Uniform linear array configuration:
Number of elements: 32
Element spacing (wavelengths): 0.25
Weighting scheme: blackman
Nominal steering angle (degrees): -60
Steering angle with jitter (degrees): -59.609
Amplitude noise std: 0.05
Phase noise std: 0.05

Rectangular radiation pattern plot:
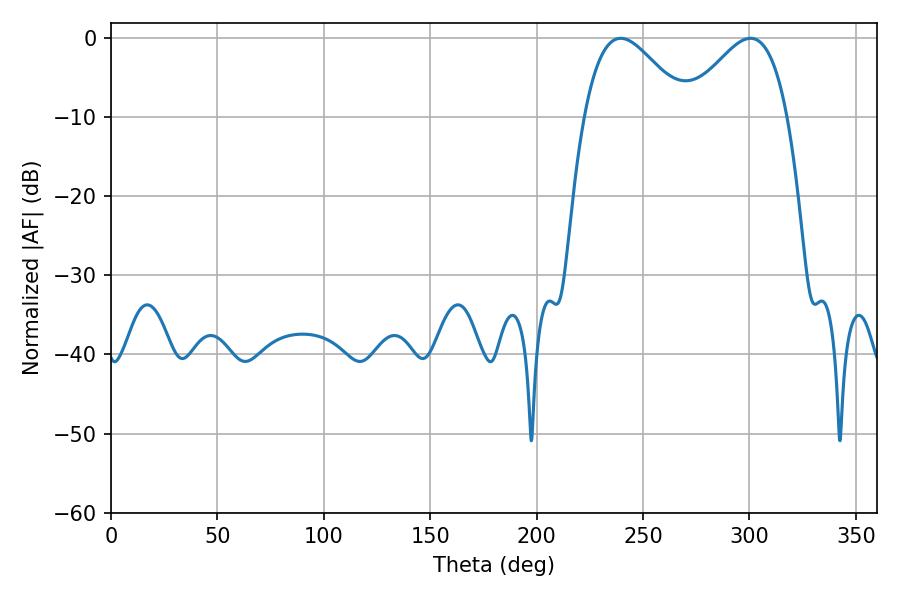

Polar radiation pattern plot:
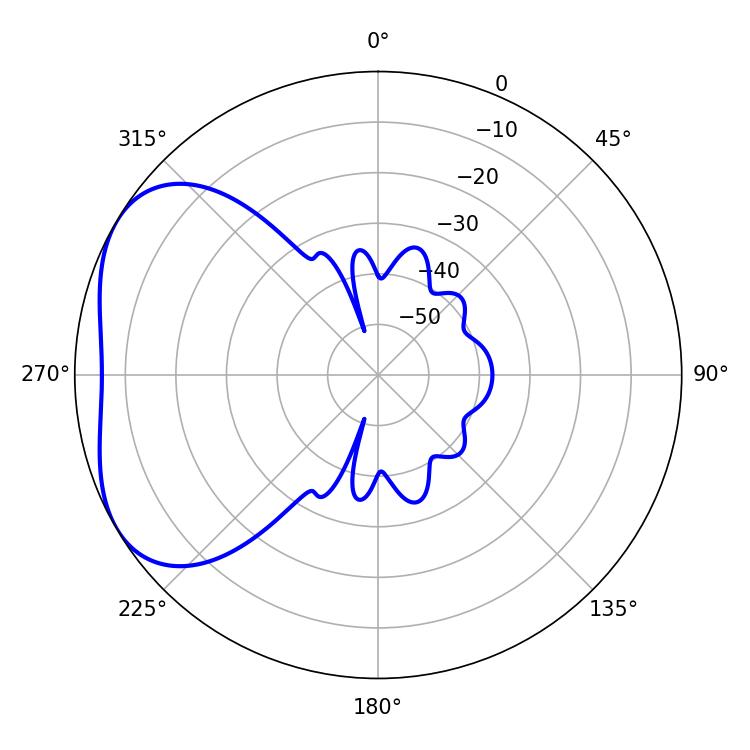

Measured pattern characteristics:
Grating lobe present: FALSE
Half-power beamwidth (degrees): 25.92
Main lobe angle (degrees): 239.58